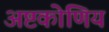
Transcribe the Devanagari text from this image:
अष्टकोणिय